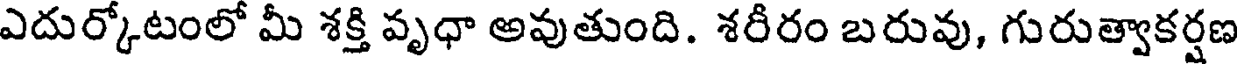
ఎదుర్కొటంలో మీ శక్తి వృధా అవుతుంది. శరీరం బరువు, గురుత్వాకర్షణ